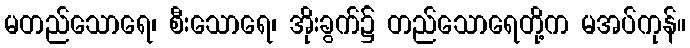
မတည်သောရေ၊ စီးသောရေ၊ အိုးခွက်၌ တည်သောရေတို့က မအပ်ကုန်။